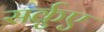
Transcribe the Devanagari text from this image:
सर्कुए